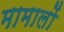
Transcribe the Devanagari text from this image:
मामालों